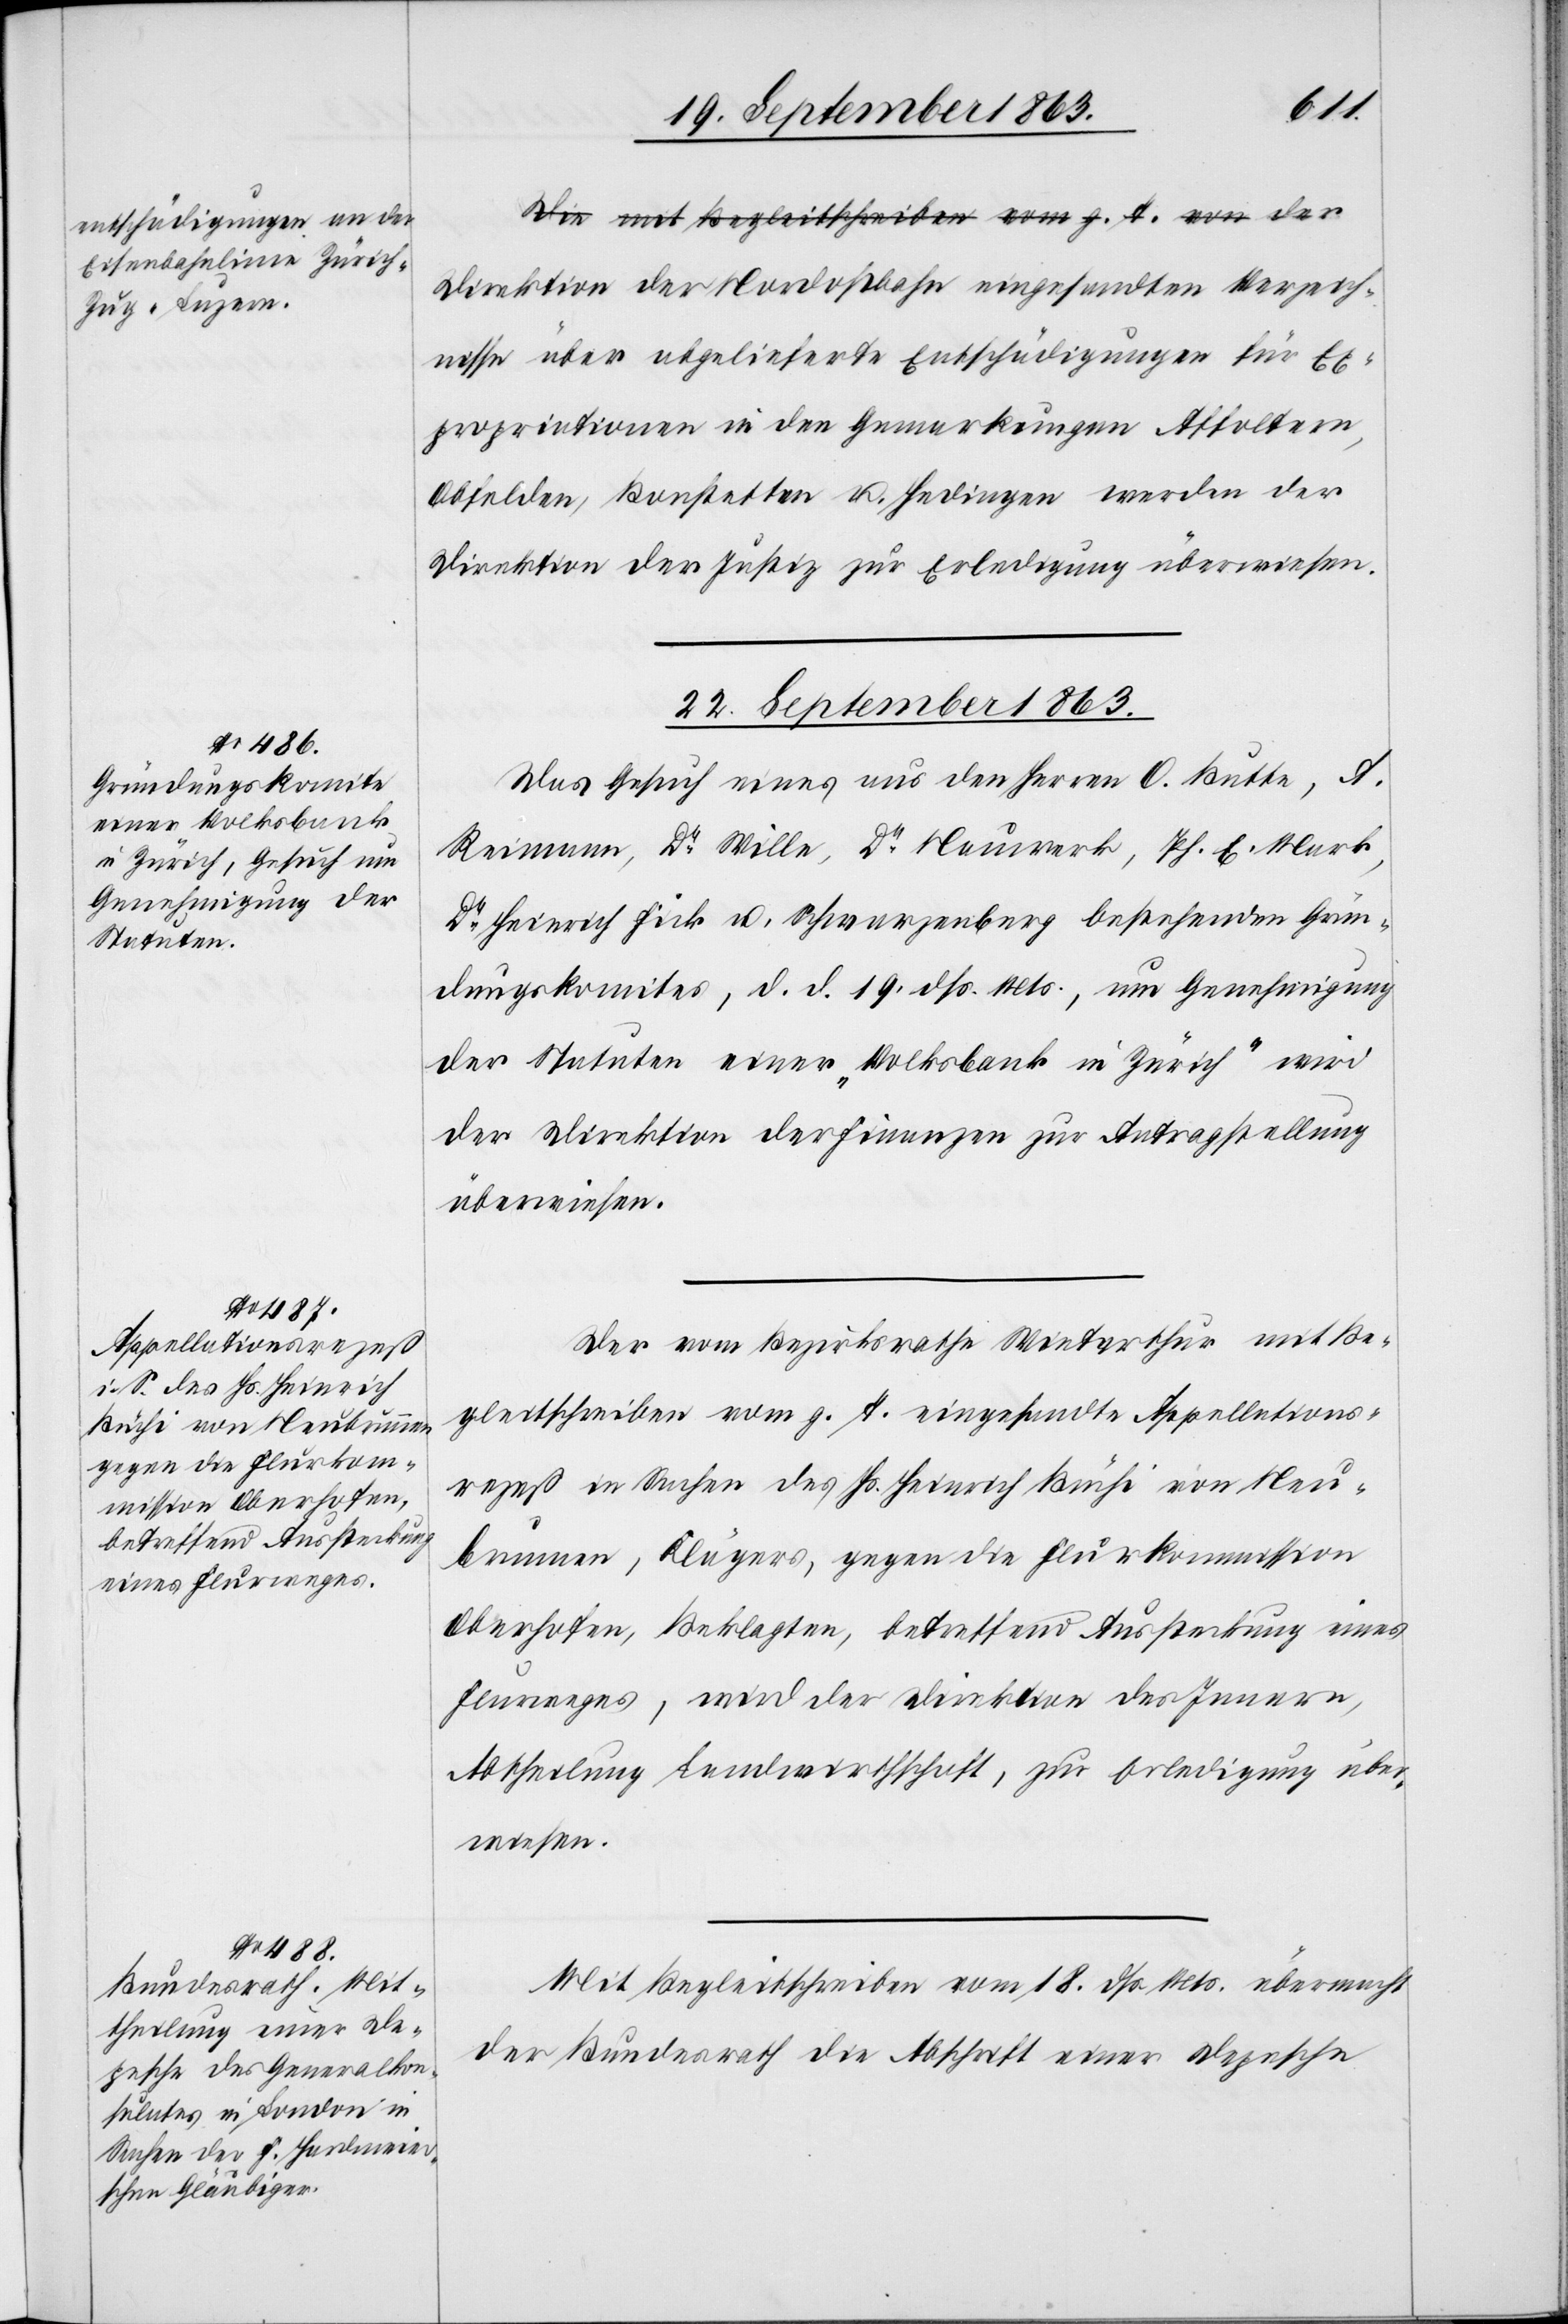
Direktion der Nordostbahn eingesandten Verzeich¬
nisse über abgelieferte Entschädigungen für Ex¬
propriationen in den Gemarkungen Affoltern,
Obfelden, Bonstetten u. Hedingen werden der
Direktion der Justiz zur Erledigung überwiesen.
22. September 1863.]
Das Gesuch eines aus den Herren O. Butte, A.
Reimann, Dr Wille, Dr Neuwerk, Ph. E. Mark,
Dr Heinrich Fick u. Schwarzenberg bestehenden Grün¬
dungskomites, d. d. 19. dß. Mts., um Genehmigung
der Statuten einer „Volksbank in Zürich“ wird
der Direktion der Finanzen zur Antragstellung
überwiesen.
Der vom Bezirksrathe Winterthur mit Be¬
gleitschreiben vom g. T. eingesandte Appellations¬
rezeß in Sachen des Hs. Heinrich Büchi von Neu¬
brunnen, Klägers, gegen die Flurkommission
Oberhofen, Beklagten, betreffend Aussteckung eines
Flurweges, wird der Direktion des Innern,
Abtheilung Landwirthschaft, zur Erledigung über¬
wiesen.
Mit Begleitschreiben vom 18. dß. Mts. übermacht
der Bundesrath die Abschrift einer Depesche